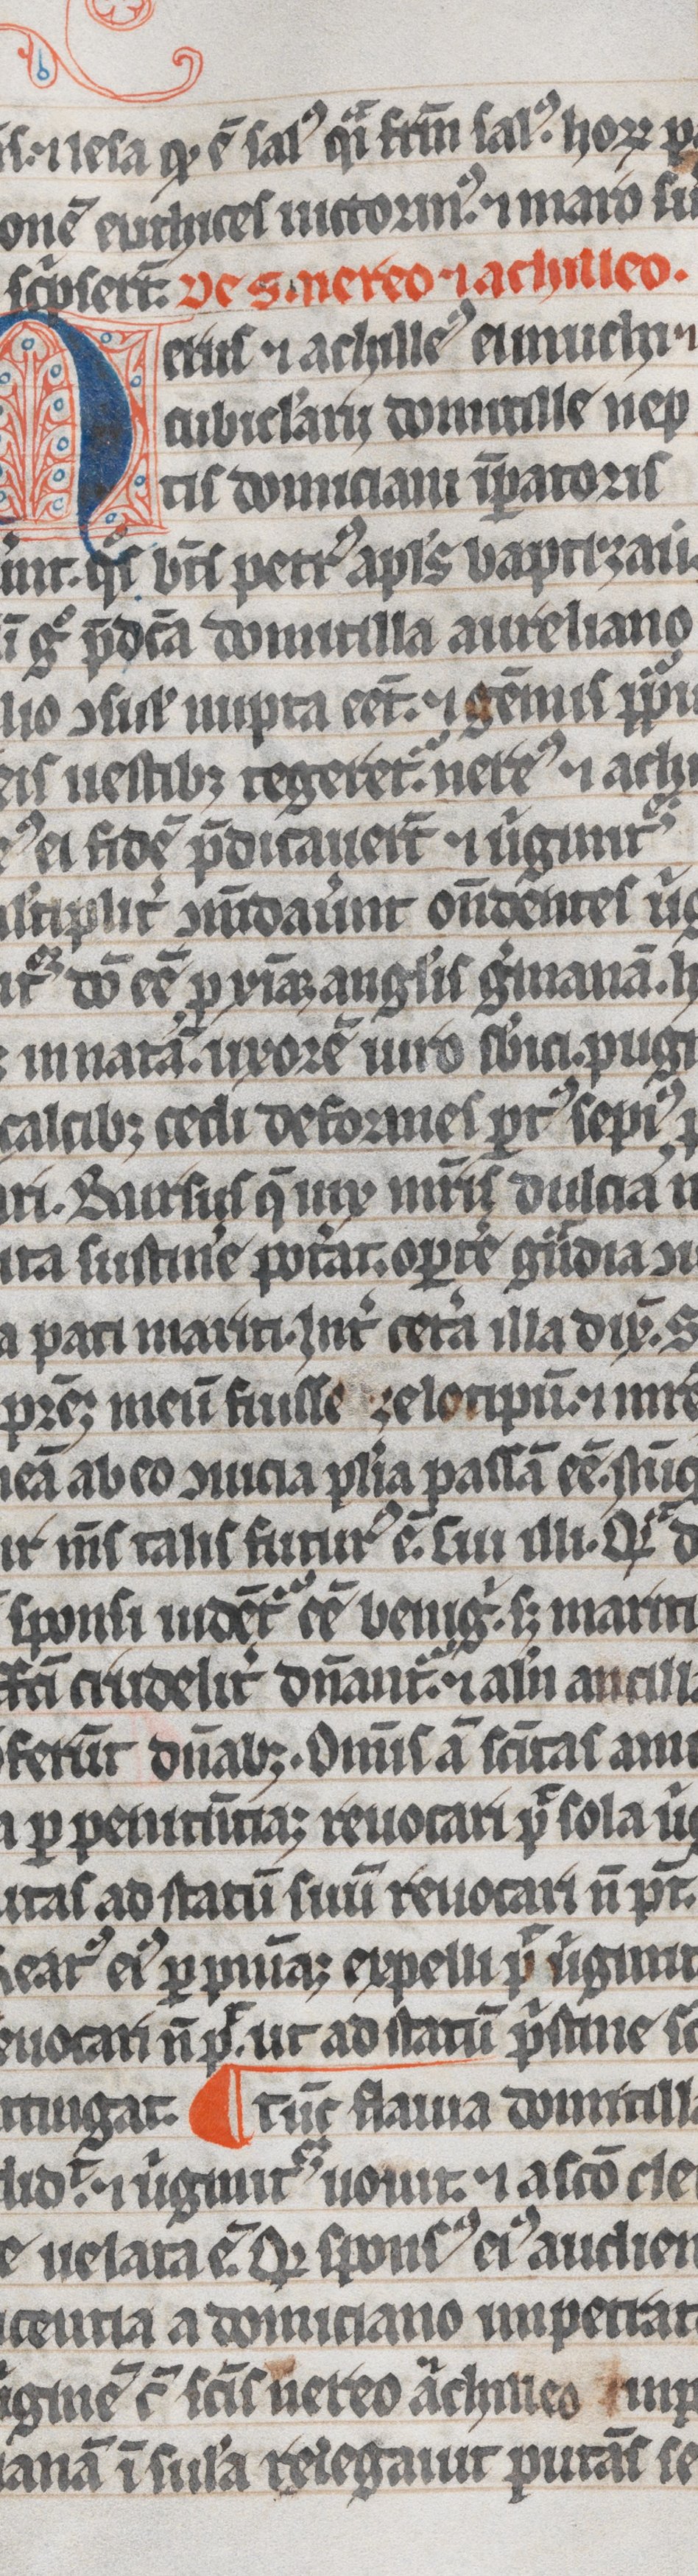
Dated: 1300–1399